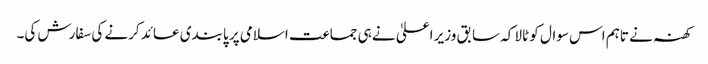
کھنہ نے تاہم اس سوال کو ٹالا کہ سابق وزیر اعلیٰ نے ہی جماعت اسلامی پر پابندی عائد کرنے کی سفارش کی۔